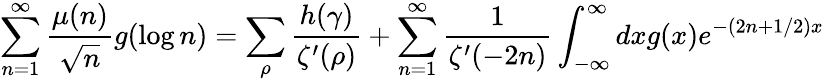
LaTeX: \sum_{n=1}^{\infty}{\frac{\mu(n)}{\sqrt{n}}}g(\log n)=\sum_{\rho}{\frac{h(\gamma)}{\zeta^{\prime}(\rho)}}+\sum_{n=1}^{\infty}{\frac{1}{\zeta^{\prime}(-2n)}}\int_{-\infty}^{\infty}dxg(x)e^{-(2n+1/2)x}